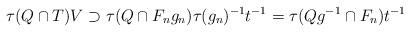
LaTeX: \begin{align*}\tau(Q \cap T) V \supset \tau(Q \cap F_n g_n) \tau(g_n)^{-1} t^{-1} = \tau(Q g^{-1} \cap F_n) t^{-1}\end{align*}